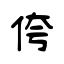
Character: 侉